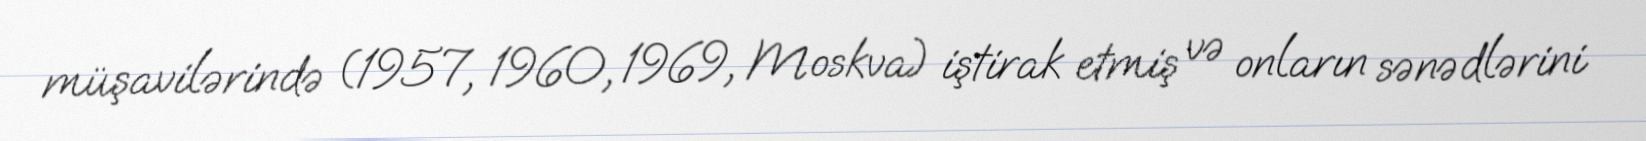
müşavilərində (1957, 1960, 1969, Moskva) iştirak etmiş və onların sənədlərini